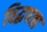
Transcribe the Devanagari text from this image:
विद्धपत्रा